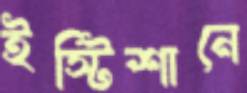
ইস্টিশানে